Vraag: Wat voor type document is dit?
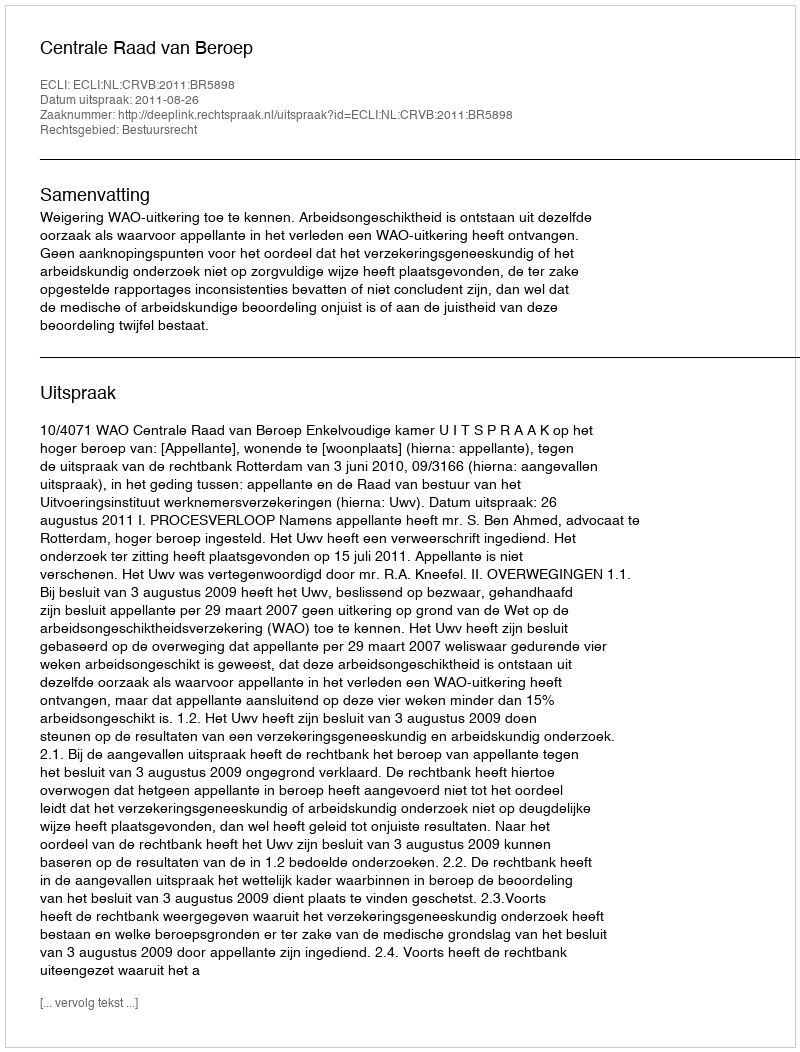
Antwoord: Uitspraak